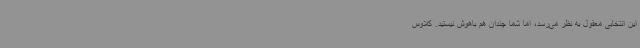
این انتخابی معقول به نظر می‌رسد، اما شما چندان هم باهوش نیستید. کلاوس